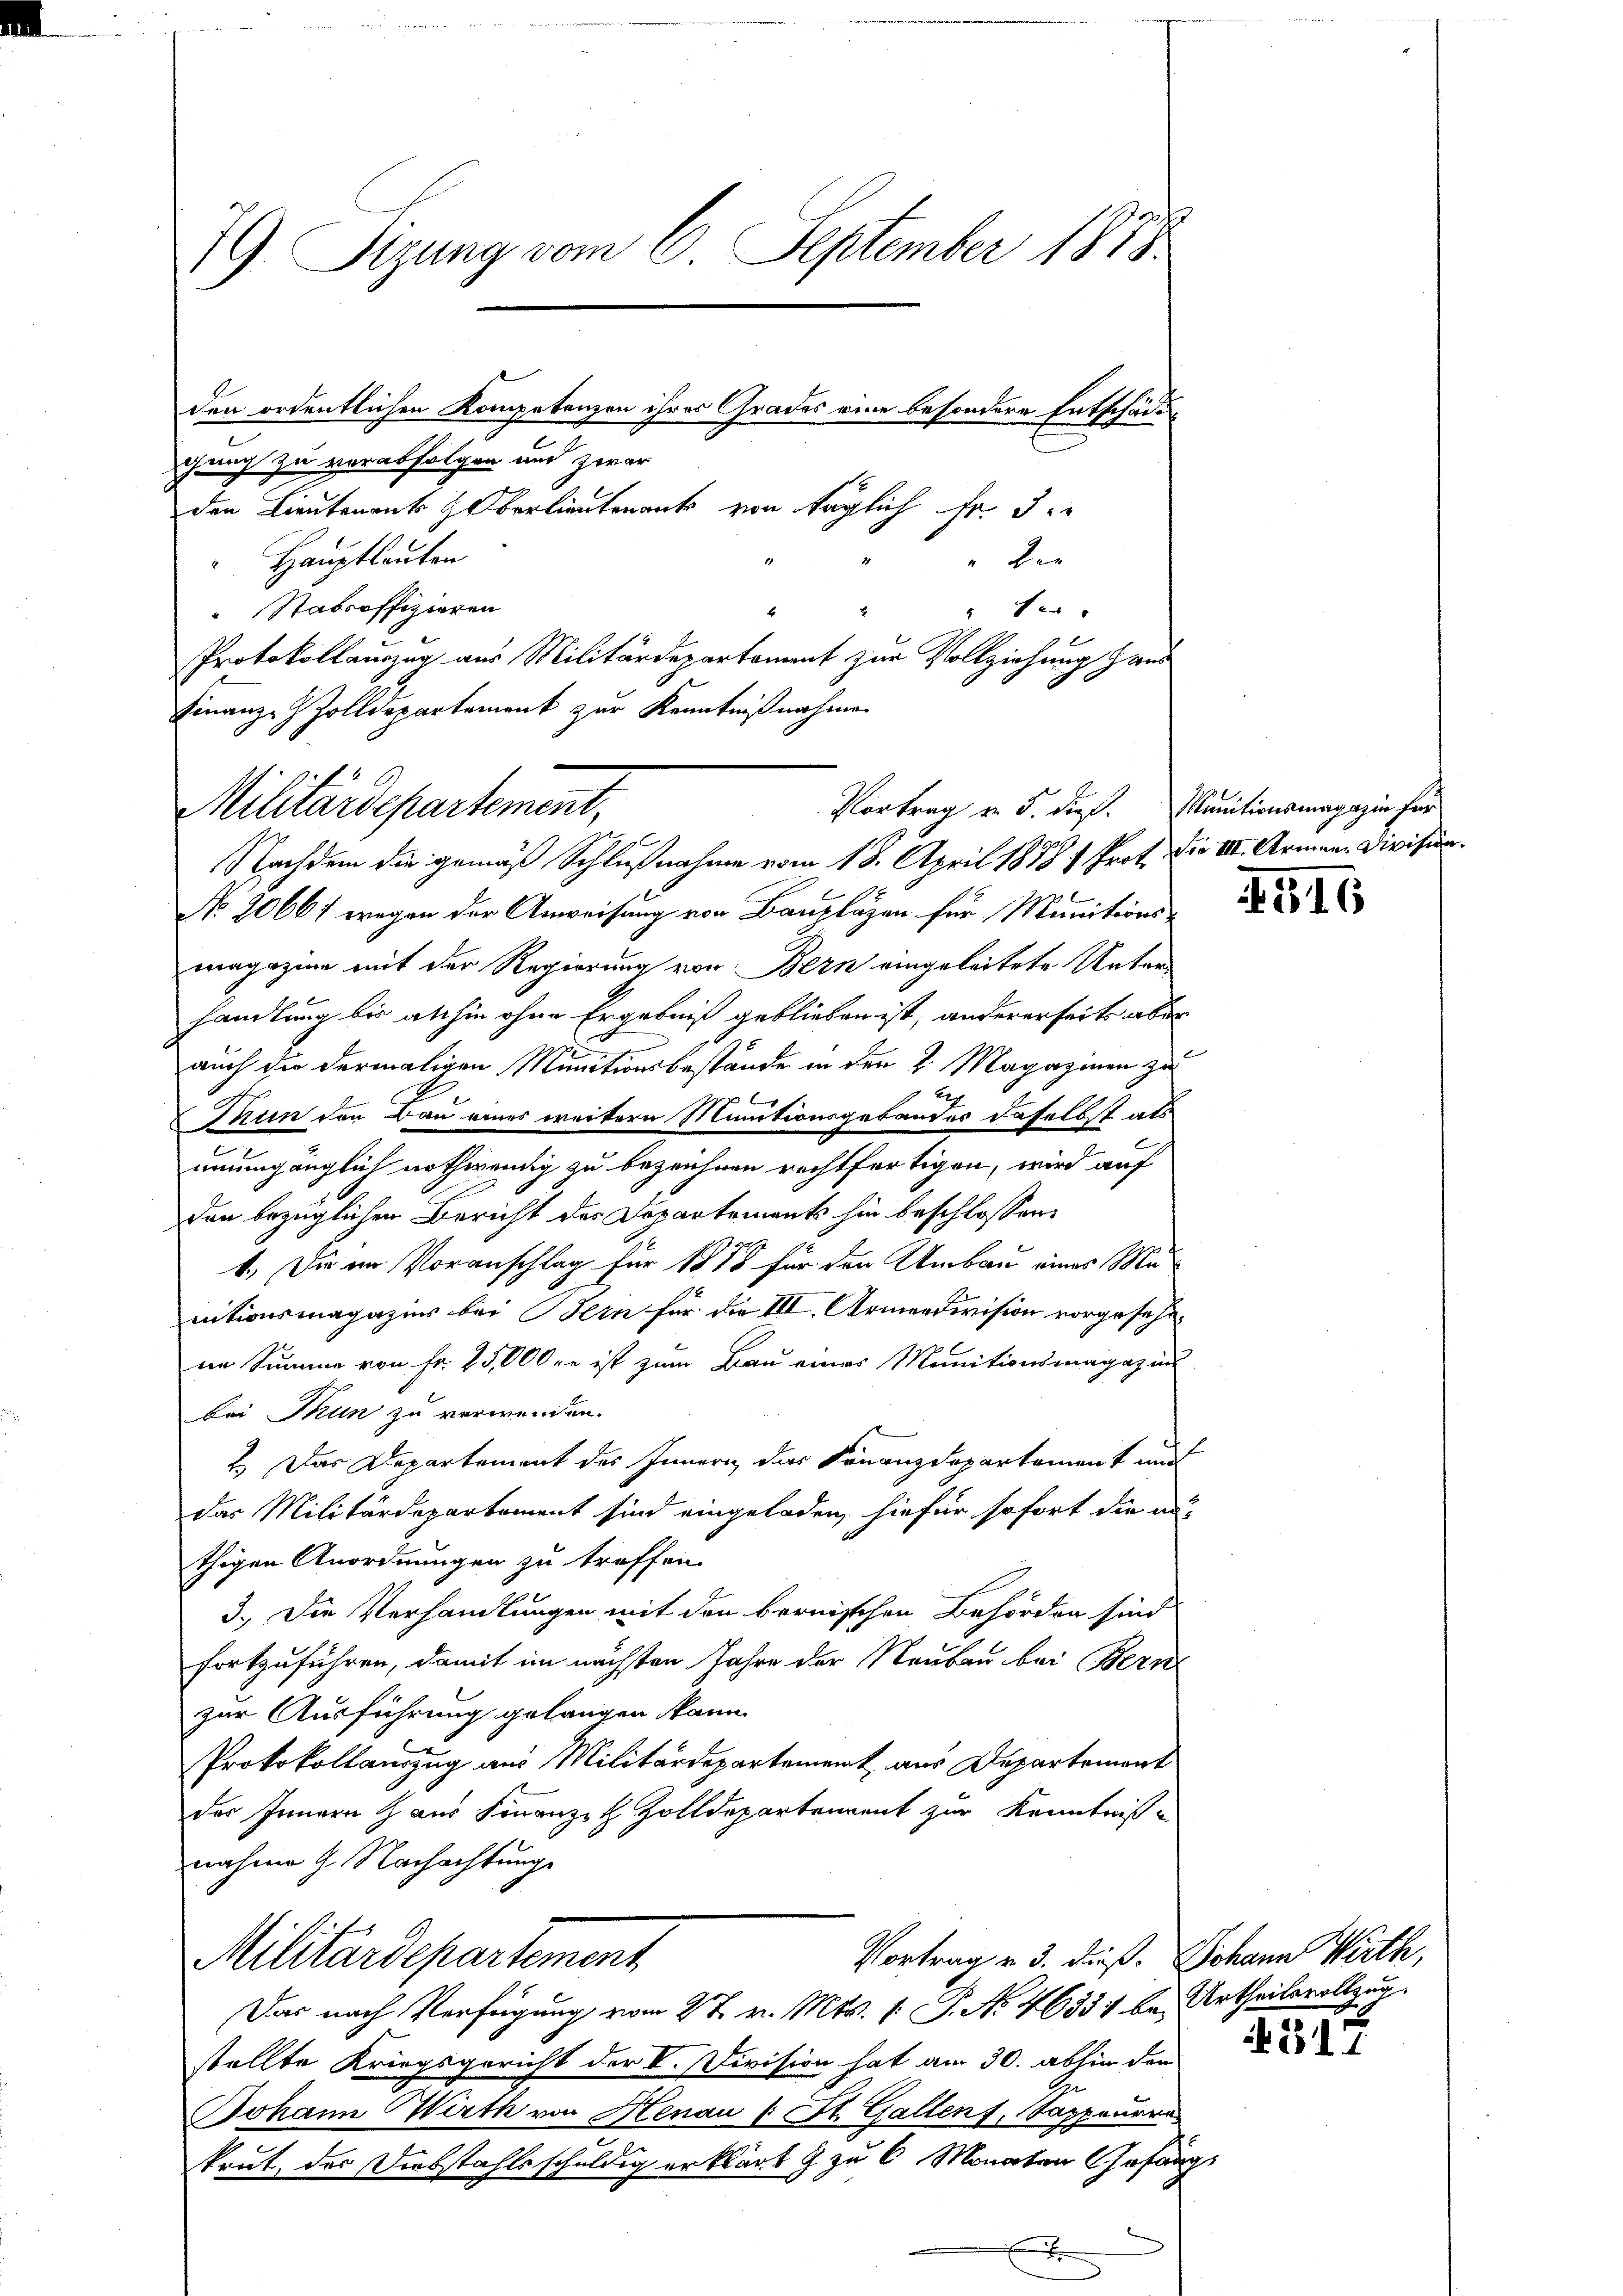
79. Sizung vom 6. September 1878.

den ordentlichen Kompetenzen ihres Grades eine besondere Entschädigung zu verabfolgen und zwar
den Lieutenants Oberlieutenant von täglich Fr. 3
" der
"Hauptlauten
Stabsoffizieren
f
Protokollauszug aus Militärdepartenant zur Vollziehung Haus
Finanz-Zolldepartement zur Kenntnißnahmen
Nachdem die gemäß Schlußnahme vom 18. April 1878 7 Prot. Die III. Armen- Division.
No. 20667 wegen der Anweisung von Baupläzen für Munitions-
magazine mit der Regierung von Bern eingeleitete Unter
handlung bis abhin ohne Ergebniß geblieben ist, andererseits aber
auch die dermaligen Munitionsbestände in den 2 Magazinen zu
2
Tun den Bau eines weitern Minutionsgebäuder daselbst als
unumgänglich nothwendig zu bezeichnen rechtfertigen, wird auf
den bezüglichen Bericht der Departements hin beschlossen:
1.) Die im Voranschlag für 1888 für den Umbau eines Mainitionsmagazins bei Bern für die III. Armendivision vorgesehein Summe von Fr. 25,000 re ist zum Bau eines Munitionsmagazins
bei Thun zu verwenden.
2.) Das Departement des Innern das Finanzdepartement und
das Militärdepartement sind eingeladen, hiefür sofort die an-
thigen Anordnungen zu treffen.
3.) Die Verhandlungen mit den bernischen Behörden sind
fortzuführen, damit im nächsten Jahre der Rauben bei Bern
zur Ausführung gelangen kann.
Protokollauszug aus Militärdepartement aus Departement
des Innern aus Finanzit Zolldepartenrent zur Kenntnis-
nahme G. Nachachtung

Militärdepartement,

Militärdepartement
Das nach Verfügung vom 27. v. Mts. 1. P. No. 46334 bei Urtheilsvollzug.

Vortrag v. 3. dieß. Johann Wirth,

stellte Kriegsgericht der V. Division hat am 30. abhin den
Johann Wirth von Henau 1 St. Gallenf, Sappenares
krut, der Diebstahlsschuldig erklärt & zu 6 Monaten Gefängs
E

Vortrag v. 5. dief. Munitionsmagazin fer

G16

317.